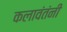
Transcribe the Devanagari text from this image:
कलावंतंनी